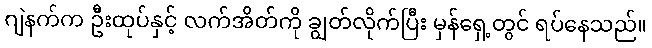
ဂျဲနက်က ဦးထုပ်နှင့် လက်အိတ်ကို ချွတ်လိုက်ပြီး မှန်ရှေ့တွင် ရပ်နေသည်။